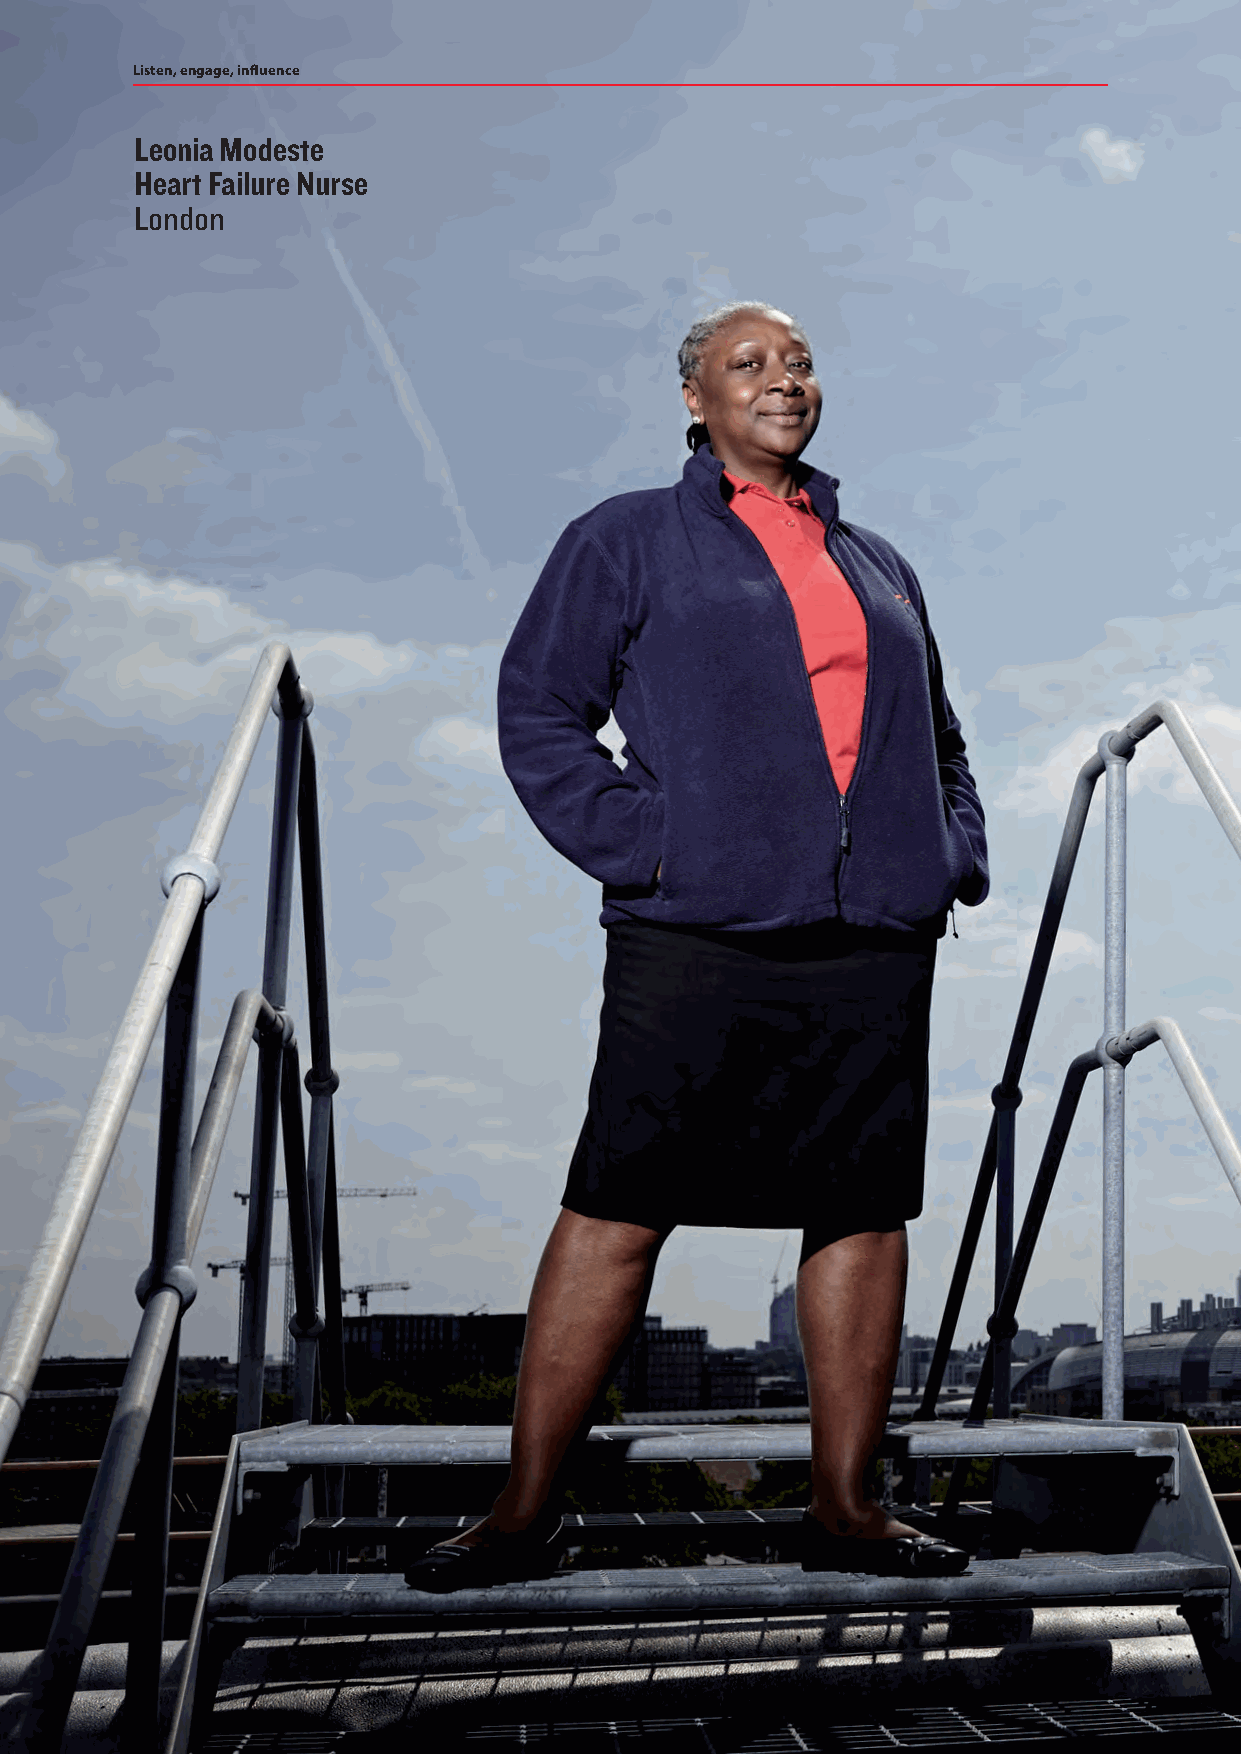
Listen, engage, influence
 Leonia Modeste
 Heart Failure Nurse
 London